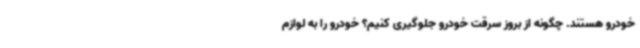
خودرو هستند. چگونه از بروز سرقت خودرو جلوگیری کنیم؟ خودرو را به لوازم